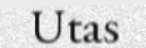
Utas